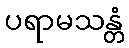
ပရာမသန္တံ